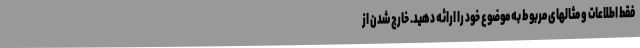
فقط اطلاعات و مثالهای مربوط به موضوع خود را ارائه دهید. خارج شدن از